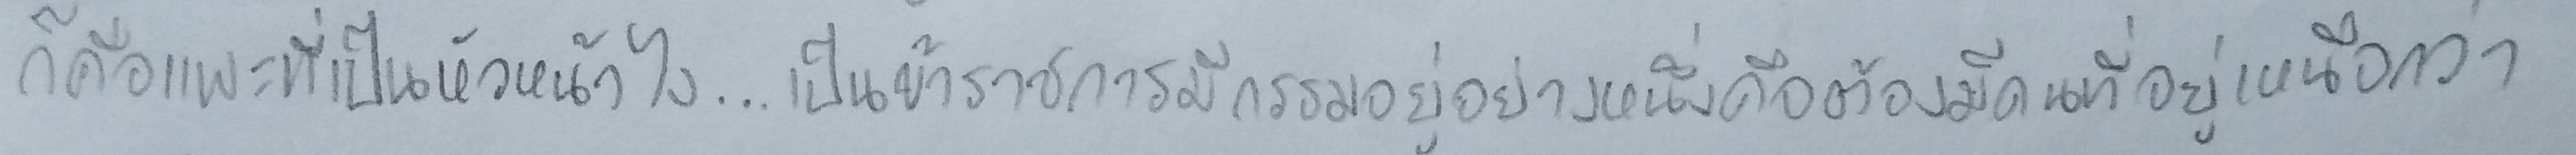
ก็คือแพะที่เป็นหัวหน้าไง...เป็นข้าราชการมีกรรมอยู่อย่างหนึ่งคือต้องมีคนที่อยู่เหนือกว่า